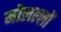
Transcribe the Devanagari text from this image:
मोलल्लों